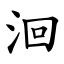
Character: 洄